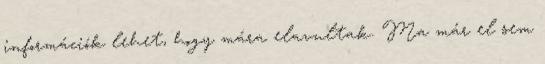
információk lehet, hogy mára elavultak. Ma már el sem